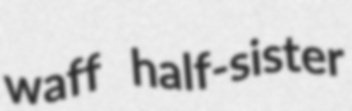
waff half-sister